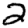
Digit: 2